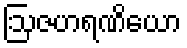
ဩဇဟရဏိယော